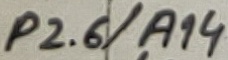
Text: P2.6/A14